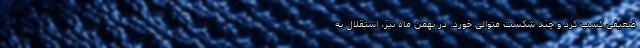
ضعیفی کسب کرد و چند شکست متوالی خورد. در بهمن ماه نیز، استقلال به